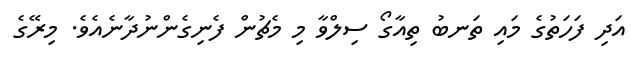
އަދި ފަހަތުގެ މައި ތަނބު ތިއާގޯ ސިލްވާ މި މެޗުން ފެނިގެންނުދާނެއެވެ. މިރޭގެ